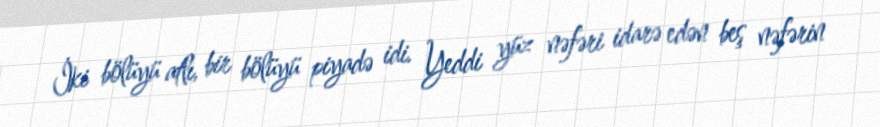
İki bölüyü atlı, bir bölüyü piyadə idi. Yeddi yüz nəfəri idarə edən beş nəfərin